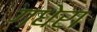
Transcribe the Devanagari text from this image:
गधेरा